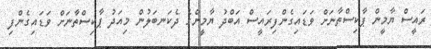
ރައީސް ޔާމީން ޕާކިސްތާނަށް ވަޑައިގެންފިރައީސް އަބްދު ޔާމީންގެ ދެކަނބަލުން މިއަދު ޕާކިސްތާނަށް ވަޑައިގެންފި